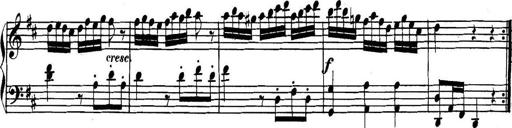
Title: Collected Piano Sonatas
Composer: Muzio Clementi